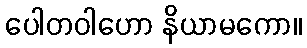
ပေါတဝါဟော နိယာမကော။